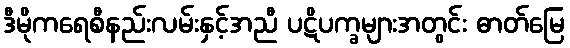
ဒီမိုကရေစီနည်းလမ်းနှင့်အညီ ပဋိပက္ခများအတွင်း ဓာတ်မြေ